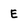
Character: E